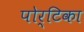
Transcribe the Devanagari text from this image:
पोर्टिका